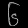
Digit: ၆